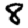
Digit: 8